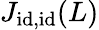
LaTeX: J_{\textnormal{id},\textnormal{id}}(L)